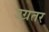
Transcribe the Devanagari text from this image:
उग्रतर